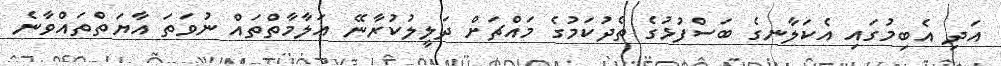
އަދި އެބިމުގައި އެކަލާނގެ ބަސްފުޅުގެ ތެދުކަމުގެ މައްޗަށް ދަލީލުކުރާނޭ ޢަލާމާތްތައް ނުވަތަ އާޔަތްތައްވާނެ